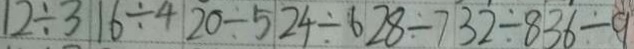
1 2 \div 3 1 6 \div 4 2 0 \div 5 2 4 \div 6 2 8 \div 7 3 2 \div 8 3 6 \div 9